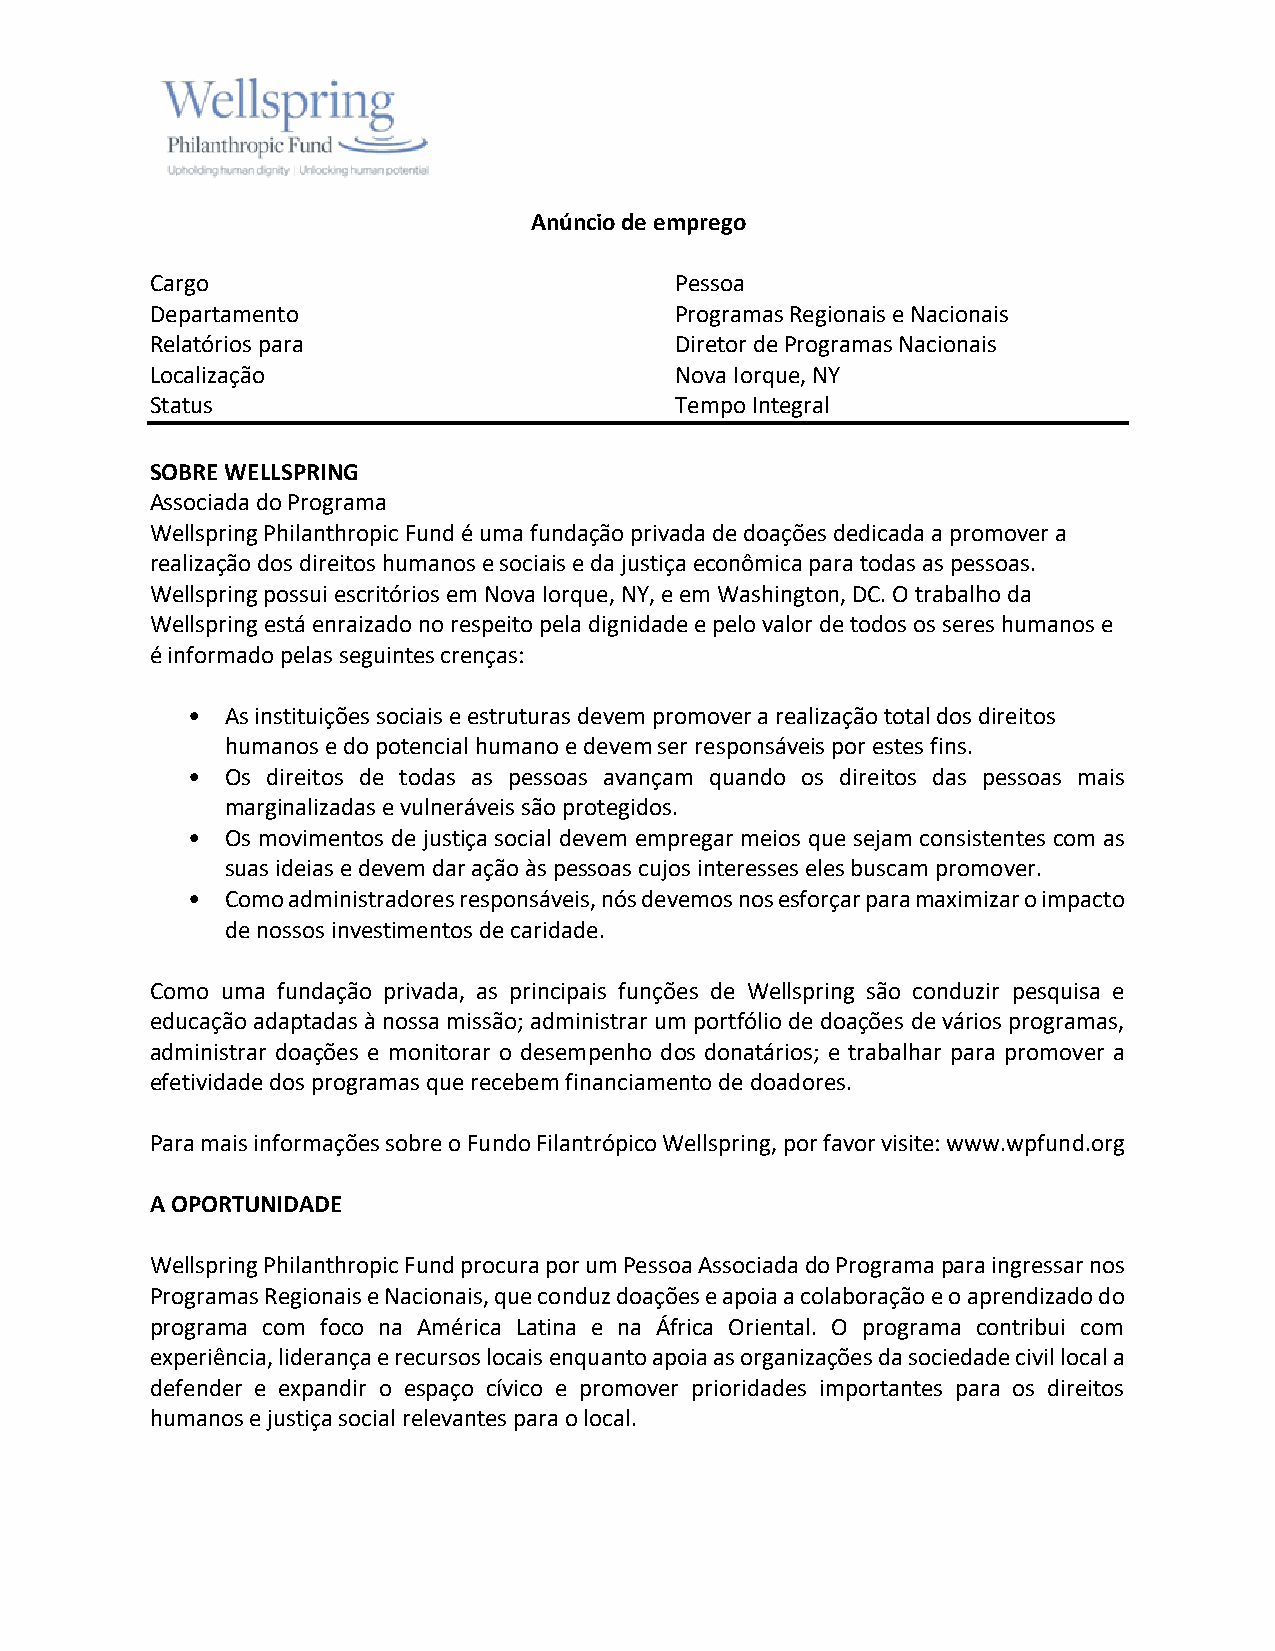
Anúncio de emprego
 Cargo                              Pessoa
 Departamento                       Programas Regionais e Nacionais
 Relatórios para                    Diretor de Programas Nacionais
 Localização                        Nova Iorque, NY
 Status                             Tempo Integral
 SOBRE WELLSPRING
 Associada do Programa
 Wellspring Philanthropic Fund é uma fundação privada de doações dedicada a promover a
 realização dos direitos humanos e sociais e da justiça econômica para todas as pessoas.
 Wellspring possui escritórios em Nova Iorque, NY, e em Washington, DC. O trabalho da
 Wellspring está enraizado no respeito pela dignidade e pelo valor de todos os seres humanos e
 é informado pelas seguintes crenças:
 •  As instituições sociais e estruturas devem promover a realização total dos direitos
 humanos e do potencial humano e devem ser responsáveis por estes fins.
 •  Os direitos de todas as pessoas avançam quando os direitos das pessoas mais
 marginalizadas e vulneráveis são protegidos.
 •  Os movimentos de justiça social devem empregar meios que sejam consistentes com as
 suas ideias e devem dar ação às pessoas cujos interesses eles buscam promover.
 •  Como administradores responsáveis, nós devemos nos esforçar para maximizar o impacto
 de nossos investimentos de caridade.
 Como uma fundação privada, as principais funções de Wellspring são conduzir pesquisa e
 educação adaptadas à nossa missão; administrar um portfólio de doações de vários programas,
 administrar doações e monitorar o desempenho dos donatários; e trabalhar para promover a
 efetividade dos programas que recebem financiamento de doadores.
 Para mais informações sobre o Fundo Filantrópico Wellspring, por favor visite: www.wpfund.org
 A OPORTUNIDADE
 Wellspring Philanthropic Fund procura por um Pessoa Associada do Programa para ingressar nos
 Programas Regionais e Nacionais, que conduz doações e apoia a colaboração e o aprendizado do
 programa com foco na América Latina e na África Oriental. O programa contribui com
 experiência, liderança e recursos locais enquanto apoia as organizações da sociedade civil local a
 defender e expandir o espaço cívico e promover prioridades importantes para os direitos
 humanos e justiça social relevantes para o local.